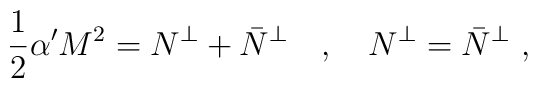
\frac{1}{2}\alpha' M^2=N^\perp+\bar{N}^\perp\ \ \ ,\ \ \ N^\perp=\bar{N}^\perp\ ,